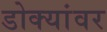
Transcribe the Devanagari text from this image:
डोक्यांवर